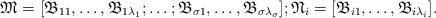
LaTeX: \begin{align*}\mathfrak{M} = [\mathfrak{B}_{11}, \dots, \mathfrak{B}_{1 \lambda_{1}}; \dots; \mathfrak{B}_{\sigma 1}, \dots, \mathfrak{B}_{\sigma \lambda_{\sigma}}]; \mathfrak{N}_{i} = [\mathfrak{B}_{i1}, \dots, \mathfrak{B}_{i \lambda_{i}}].\end{align*}